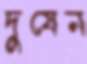
দুষেন